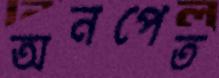
অনপেত